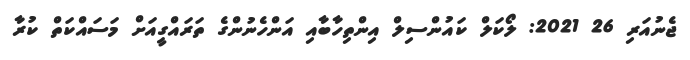
ޖެނުއަރި 26 2021: ލޯކަލް ކައުންސިލް އިންތިހާބާއި އަންހެނުންގެ ތަރައްގީއަށް މަސައްކަތް ކުރާ